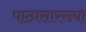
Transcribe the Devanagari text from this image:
पाठासारख्या